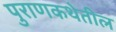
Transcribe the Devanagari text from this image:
पुराणकथेतील